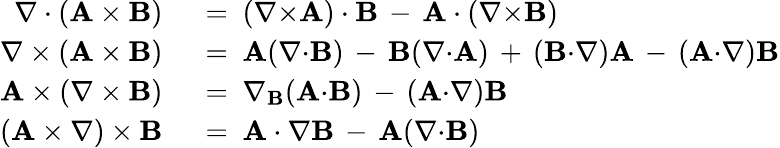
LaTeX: \begin{array}{rl}{\nabla\cdot(\mathbf{A}\times\mathbf{B})}&{{}\ =\ (\nabla{\times}\mathbf{A})\cdot\mathbf{B}\, -\, \mathbf{A}\cdot(\nabla{\times}\mathbf{B})}\\ {\nabla\times(\mathbf{A}\times\mathbf{B})}&{{}\ =\ \mathbf{A}(\nabla{\cdot}\mathbf{B})\, -\, \mathbf{B}(\nabla{\cdot}\mathbf{A})\, +\, (\mathbf{B}{\cdot}\nabla)\mathbf{A}\, -\, (\mathbf{A}{\cdot}\nabla)\mathbf{B}}\\ {\mathbf{A}\times(\nabla\times\mathbf{B})}&{{}\ =\ \nabla_{\mathbf{B}}(\mathbf{A}{\cdot}\mathbf{B})\, -\, (\mathbf{A}{\cdot}\nabla)\mathbf{B}}\\ {(\mathbf{A}\times\nabla)\times\mathbf{B}}&{{}\ =\ \mathbf{A}\cdot\nabla\mathbf{B}\, -\, \mathbf{A}(\nabla{\cdot}\mathbf{B})}\end{array}